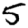
Digit: 5